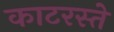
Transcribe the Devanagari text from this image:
काटरस्ते